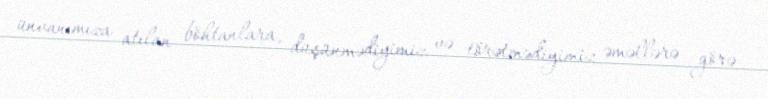
ünvanımıza atılan böhtanlara, düşünmədiyimiz və törətmədiyimiz əməllərə görə